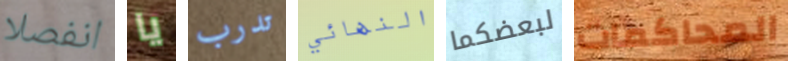
انفصلا يا تدرب النهائي لبعضكما المحاكمات